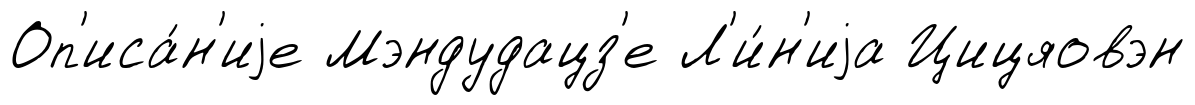
Оп'иса́н'иjе Мэндудацз'е Л'и́н'иjа Цицяовэн